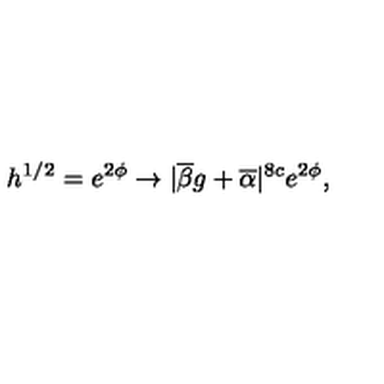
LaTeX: h ^ { 1 / 2 } = e ^ { 2 \phi } \rightarrow | \overline { { \beta } } g + \overline { { \alpha } } | ^ { 8 c } e ^ { 2 \phi } ,